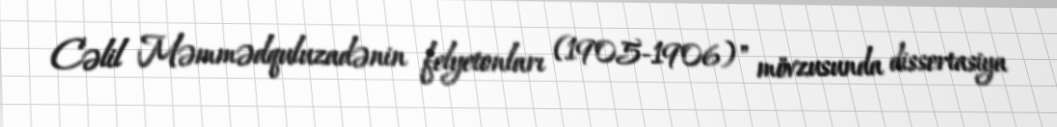
Cəlil Məmmədquluzadənin felyetonları (1905-1906)" mövzusunda dissertasiya